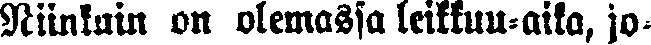
Niinkuin on olemassa leikkuu-aika, jo-